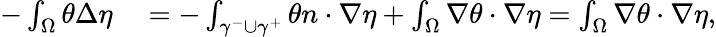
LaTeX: \begin{array}{rl}{-\int_{\Omega}\theta\Delta\eta}&{{}=-\int_{\gamma^{-}\cup\gamma^{+}}\theta n\cdot\nabla\eta+\int_{\Omega}\nabla\theta\cdot\nabla\eta=\int_{\Omega}\nabla\theta\cdot\nabla\eta,}\end{array}